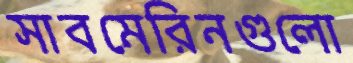
সাবমেরিনগুলো